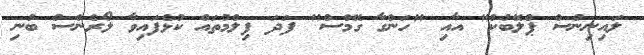
ލައިނިންސް ޕްލޭބުކް" އާއި "ހަންގާ ގޭމްސް" ފަދަ ފިލްމުތައް ކުޅެފައިވާ ލޯރެންސް ބުނި